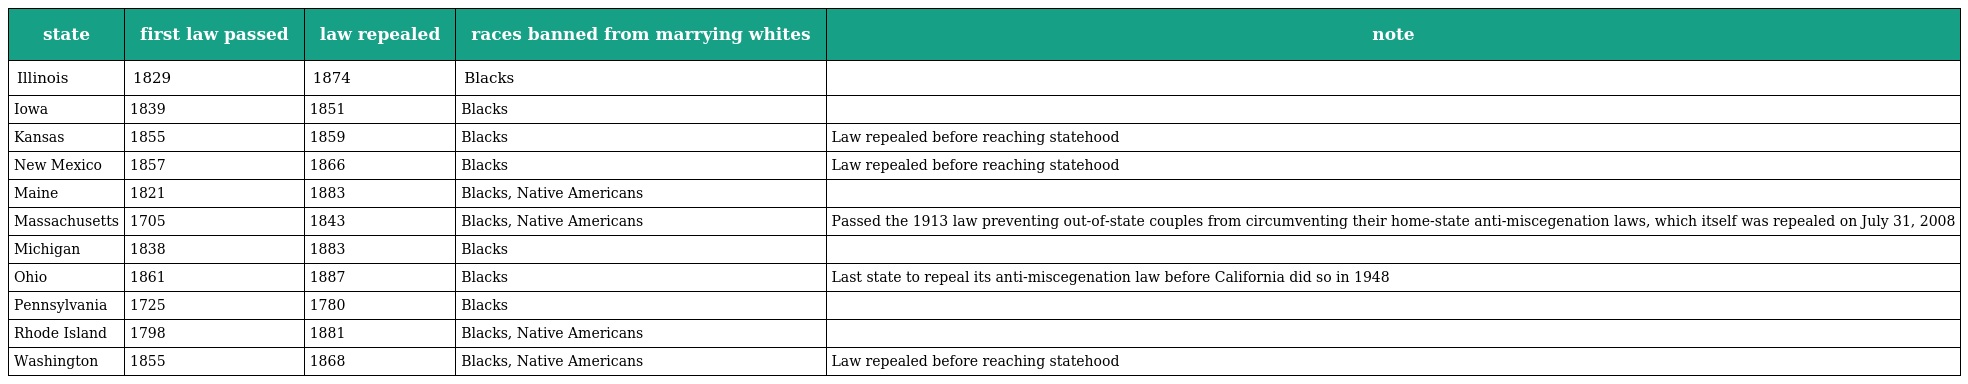
| state | first law passed | law repealed | races banned from marrying whites | note |
 | --- | --- | --- | --- | --- |
 | Illinois | 1829 | 1874 | Blacks |  |
 | Iowa | 1839 | 1851 | Blacks |  |
 | Kansas | 1855 | 1859 | Blacks | Law repealed before reaching statehood |
 | New Mexico | 1857 | 1866 | Blacks | Law repealed before reaching statehood |
 | Maine | 1821 | 1883 | Blacks, Native Americans |  |
 | Massachusetts | 1705 | 1843 | Blacks, Native Americans | Passed the 1913 law preventing out-of-state couples from circumventing their home-state anti-miscegenation laws, which itself was repealed on July 31, 2008 |
 | Michigan | 1838 | 1883 | Blacks |  |
 | Ohio | 1861 | 1887 | Blacks | Last state to repeal its anti-miscegenation law before California did so in 1948 |
 | Pennsylvania | 1725 | 1780 | Blacks |  |
 | Rhode Island | 1798 | 1881 | Blacks, Native Americans |  |
 | Washington | 1855 | 1868 | Blacks, Native Americans | Law repealed before reaching statehood |